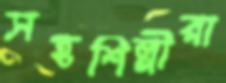
সহশিল্পীরা